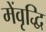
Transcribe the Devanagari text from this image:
मेंवृद्धि